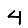
Digit: 4